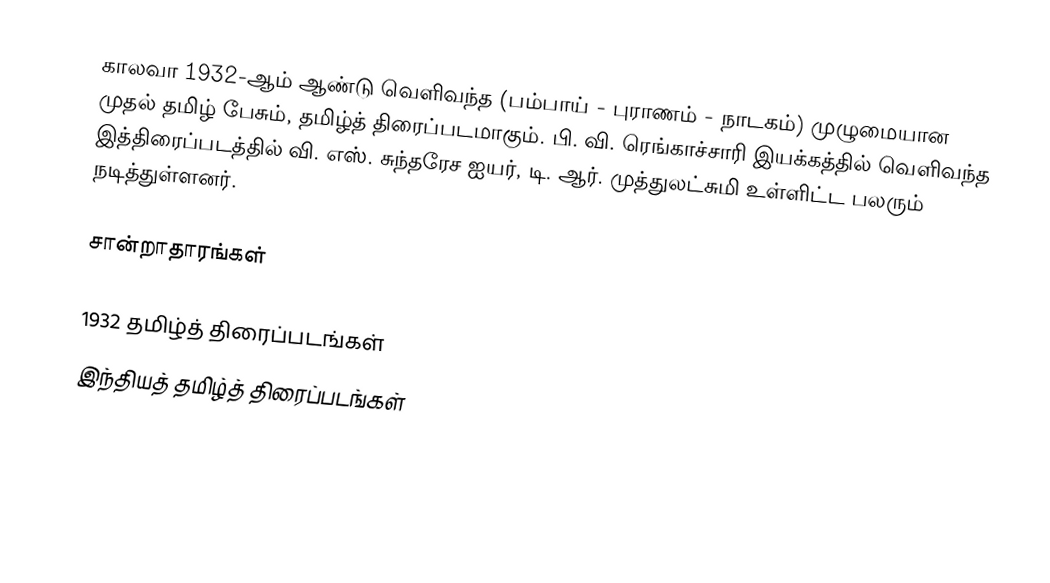
காலவா 1932-ஆம் ஆண்டு வெளிவந்த (பம்பாய் - புராணம் - நாடகம்) முழுமையான முதல் தமிழ் பேசும், தமிழ்த் திரைப்படமாகும். பி. வி. ரெங்காச்சாரி இயக்கத்தில் வெளிவந்த இத்திரைப்படத்தில் வி. எஸ். சுந்தரேச ஐயர், டி. ஆர். முத்துலட்சுமி உள்ளிட்ட பலரும் நடித்துள்ளனர்.

சான்றாதாரங்கள்

1932 தமிழ்த் திரைப்படங்கள்
இந்தியத் தமிழ்த் திரைப்படங்கள்